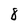
Character: 8